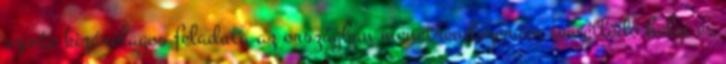
szinte kizárólagos feladata az országban menetrendszerűen ismétlődő helyi és